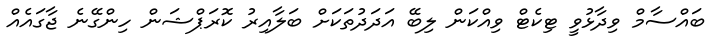
ބައްސާމް ވިދާޅުވީ ޓިކެޓް ވިއްކަން ލިބޭ އަދަދުތަކަށް ބަލާއިރު ކޮރަޕްޝަން ހިންގޭނެ ޖާގައެއް